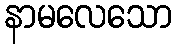
နာမလေသော